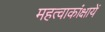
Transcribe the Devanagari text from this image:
महत्वाकांक्षायें